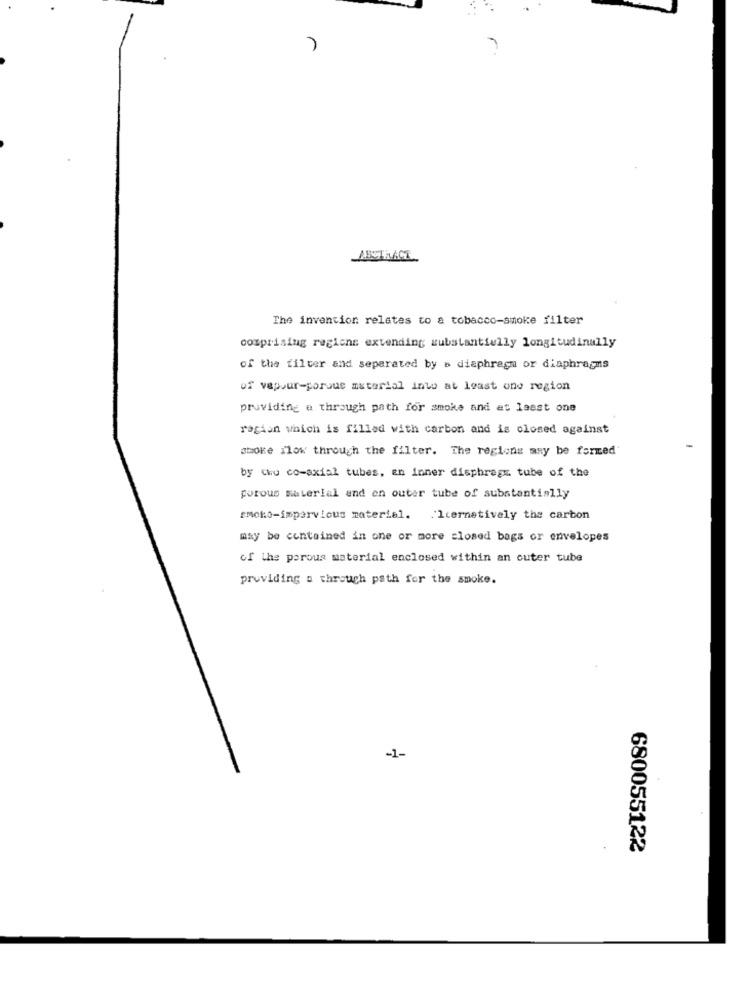
ABSTRACT
The invention relates to a tobacco-smoke filter
comprising regions extending substantially longitudinally
of the filter and separated by & diaphragm or diaphragms
of vapour-porous material into at least one region
providing a through path for smoke and et laest one
ragion which is filled with carbon and is closed against
smoke flow through the filter. The regions may be formed
by the co-axial tubes, an inner diaphragm tube of the
porous Material and on outer tube of substantially
smoko-impervious material. Icernetively the carbon
may be contained in one or more closed bags or envelopes
of the porous material enclosed within an outer tube
providing a through path for the smoke.
-1-
680055122